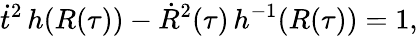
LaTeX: \dot{t}^{2}\, h(R(\tau))-\dot{R}^{2}(\tau)\, h^{-1}(R(\tau))=1,